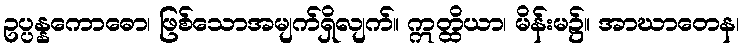
ဥပ္ပန္နကောဓော၊ ဖြစ်သောအမျက်ရှိလျက်။ ဣတ္ထိယာ၊ မိန်းမ၌။ အာဃာတေန၊